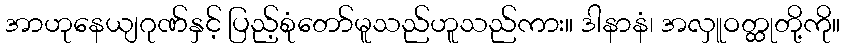
အာဟုနေယျဂုဏ်နှင့် ပြည့်စုံတော်မူသည်ဟူသည်ကား။ ဒါနာနံ၊ အလှူဝတ္ထုတို့ကို။